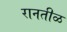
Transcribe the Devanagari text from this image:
रानतीळ